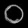
Digit: ၀